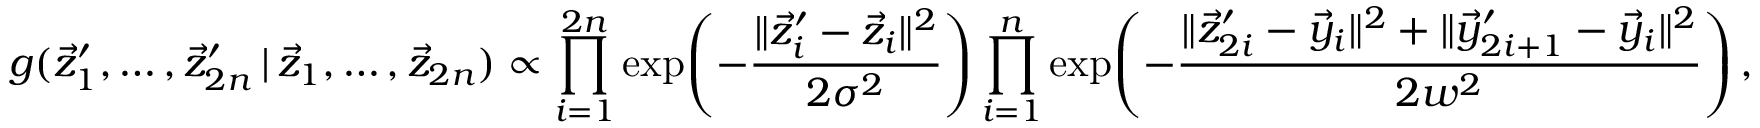
g ( \vec { z } _ { 1 } ^ { \prime } , \dots , \vec { z } _ { 2 n } ^ { \prime } \, | \, \vec { z } _ { 1 } , \dots , \vec { z } _ { 2 n } ) \propto \prod _ { i = 1 } ^ { 2 n } \exp \! \left( - \frac { \lVert \vec { z } _ { i } ^ { \prime } - \vec { z } _ { i } \rVert ^ { 2 } } { 2 \sigma ^ { 2 } } \right) \prod _ { i = 1 } ^ { n } \exp \! \left( - \frac { \lVert \vec { z } _ { 2 i } ^ { \prime } - \vec { y } _ { i } \rVert ^ { 2 } + \lVert \vec { y } _ { 2 i + 1 } ^ { \prime } - \vec { y } _ { i } \rVert ^ { 2 } } { 2 w ^ { 2 } } \right) ,